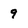
Character: 9